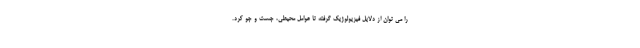
را می توان از دلایل فیزیولوژیک گرفته تا عوامل محیطی، جست و جو کرد.